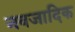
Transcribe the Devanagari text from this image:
नवजादिक